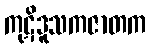
ကုဋိဒူသကဇာတက